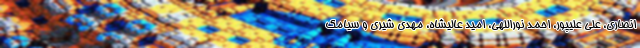
انصاری، علی علیپور، احمد نوراللهی، امید عالیشاه، مهدی شیری و سیامک